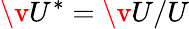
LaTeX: \v{U}^{*}=\v{U}/U